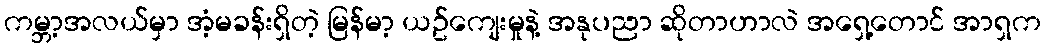
ကမ္ဘာ့အလယ်မှာ အံ့မခန်းရှိတဲ့ မြန်မာ့ ယဥ်ကျေးမှုနဲ့ အနုပညာ ဆိုတာဟာလဲ အရှေ့တောင် အာရှက